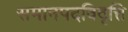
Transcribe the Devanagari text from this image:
समानपदविवृत्ति